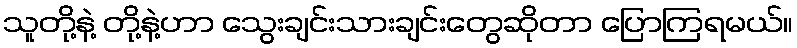
သူတို့နဲ့ တို့နဲ့ဟာ သွေးချင်းသားချင်းတွေဆိုတာ ပြောကြရမယ်။